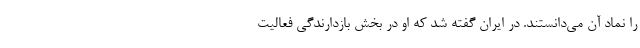
را نماد آن می‌دانستند. در ایران گفته شد که او در بخش بازدارندگی فعالیت